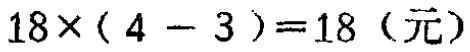
\(18\times(4 - 3)=18 \text{（元）}\)